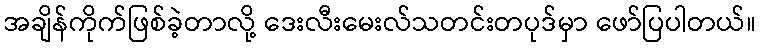
အချိန်ကိုက်ဖြစ်ခဲ့တာလို့ ဒေးလီးမေးလ်သတင်းတပုဒ်မှာ ဖော်ပြပါတယ်။